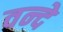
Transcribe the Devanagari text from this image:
वन्‍दे